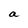
Character: a